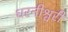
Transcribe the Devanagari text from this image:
धरनीश्वरी